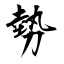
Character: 勢